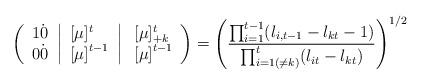
LaTeX: \begin{align*}\left( \begin{array}{l} 1 \dot{0} \\0 \dot{0} \end{array} \left| \begin{array}{l} [\mu]^t \\ {[\mu]}^{t-1} \end{array} \right. \right|\left. \begin{array}{l} [\mu]^t_{+k} \\ {[\mu]}^{t-1} \end{array} \right)= \left( \frac{\prod_{i=1}^{t-1} (l_{i,t-1}-l_{kt}-1 )}{ \prod_{i=1(\neq k)}^{t} (l_{it}-l_{kt})}\right)^{1/2} \end{align*}